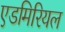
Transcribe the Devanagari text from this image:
एडमिरियल